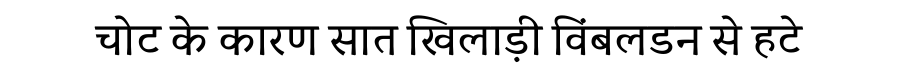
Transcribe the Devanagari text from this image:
चोट के कारण सात खिलाड़ी विंबलडन से हटे